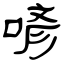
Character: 喭